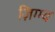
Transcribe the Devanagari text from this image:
ज़िग्ग्य